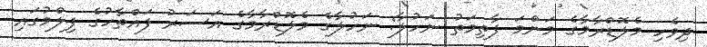
ދިވެހި މެލޮޑްރާމާގެ މަންމަ ފާތިމަތު ނަހުލާ: ނަހުލާގެ މެލޮޑްރާމާގެ އަސަރު ފައްތާހުގެ ފިލްމުގައި